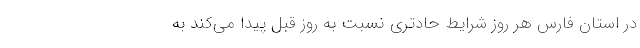
در استان فارس هر روز شرایط حادتری نسبت به روز قبل پیدا می‌کند به